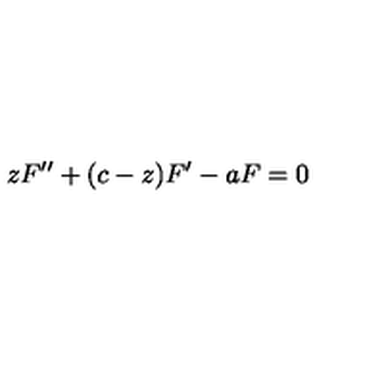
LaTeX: z F ^ { \prime \prime } + ( c - z ) F ^ { \prime } - a F = 0